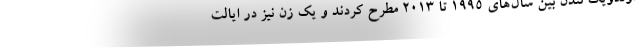
اولدویک لندن بین سال‌های ۱۹۹۵ تا ۲۰۱۳ مطرح کردند و یک زن نیز در ایالت